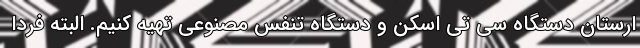
ارستان دستگاه سی تی اسکن و دستگاه تنفس مصنوعی تهیه کنیم. البته فردا